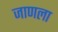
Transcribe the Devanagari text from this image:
जाणला